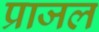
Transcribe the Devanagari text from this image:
प्राजल